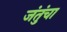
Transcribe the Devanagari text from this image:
जंतुंचा